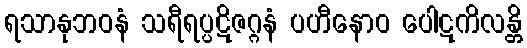
ရသာနုဘဝနံ သရီရပ္ပဋိဇဂ္ဂနံ ပဟီနောဝ ပေါဋကိလန္တိ